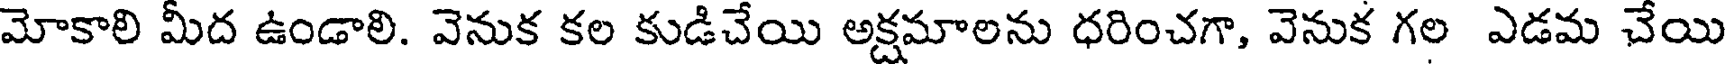
మోకాలి మీద ఉండాలి. వెనుక కల కుడిచేయి అక్షమాలను ధరించగా, వెనుక గల ఎడమ చేయి